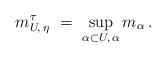
LaTeX: \begin{align*}m^\tau_{U,\,\eta}\ =\ \sup_{\alpha\subset U,\,\alpha} m_\alpha\,.\end{align*}